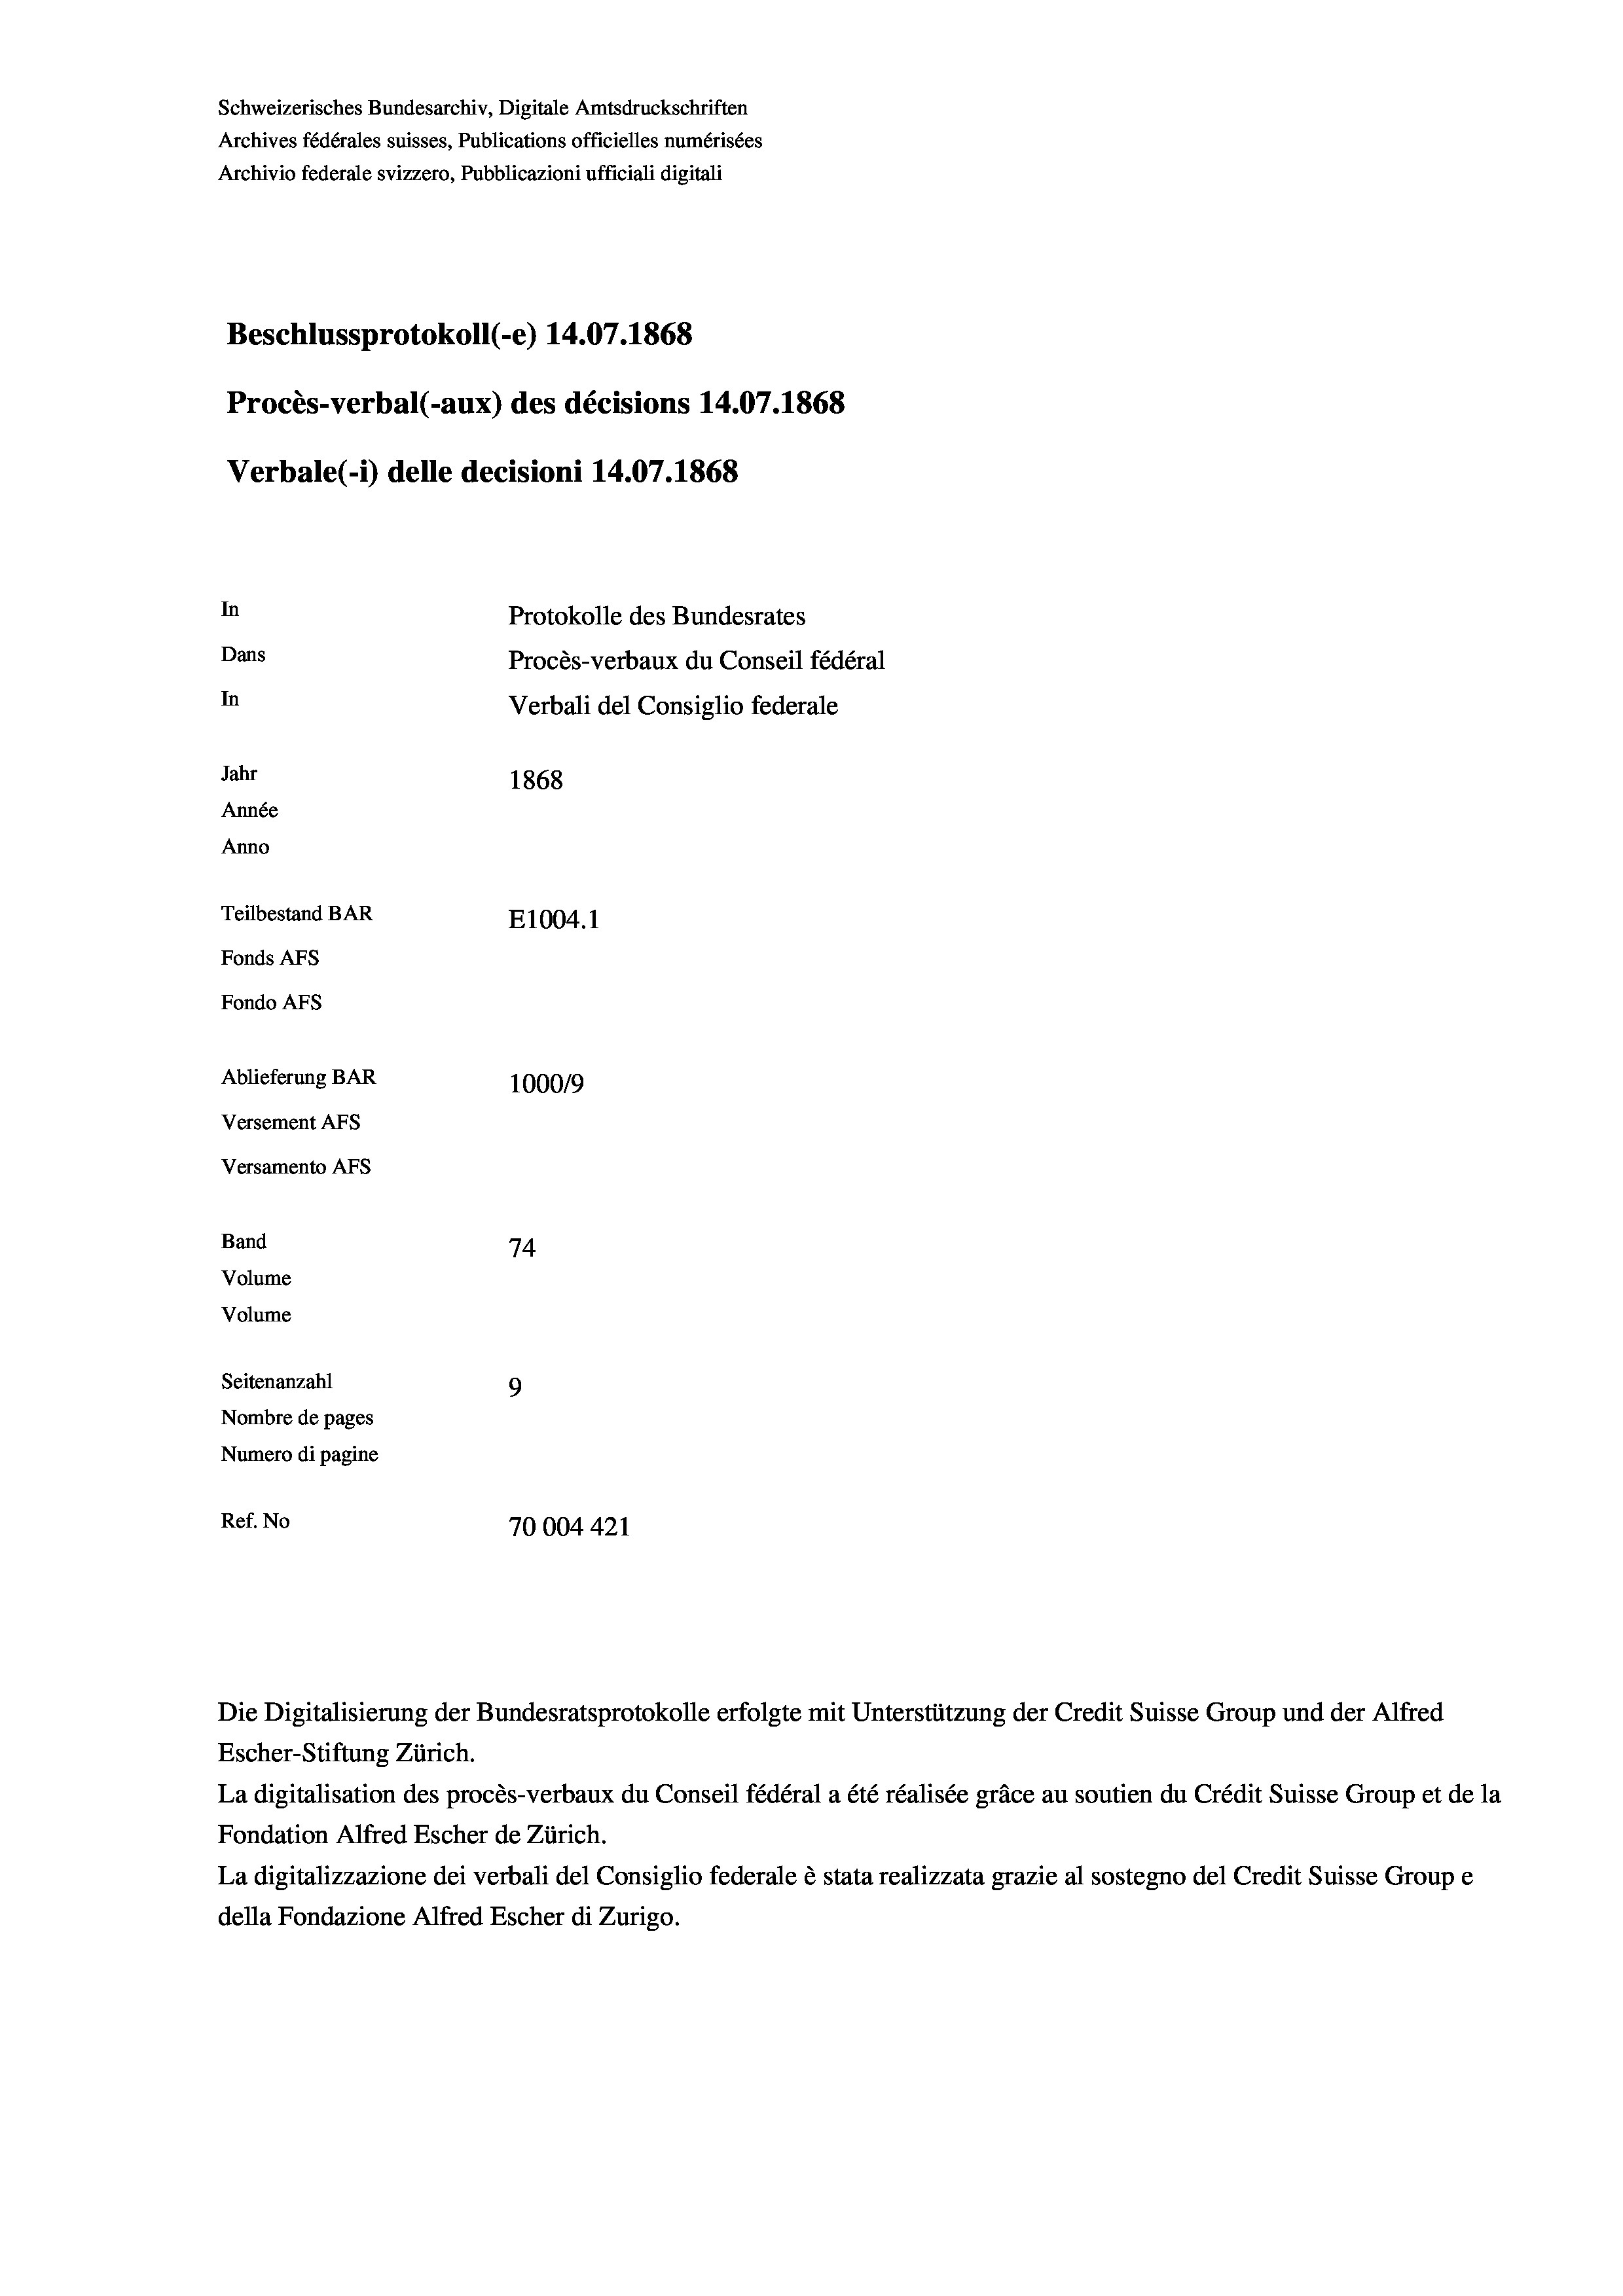
Schweizerisches Bundesarchiv, Digitale Amtsdruckschriften
Archives fédérales suisses, Publications officielles numérisées
Archivio federale svizzero, Pubblicazioni ufficiali digitali
Beschlussprotokoll (-e) 14.07. 1868
Procès-verbal (-aux) des décisions 14.07.1868
Verbale (i) delle decisioni 14.07. 1868
In
Protokolle des Bundesrates
Dans
Procès-verbaux du Conseil fédéral
In
Verbali del Consiglio federale
Jahr
1868
Année
Anno
Teilbestand BAR
E1004. 1
Fonds Afs
Fondo AFs
Ablieferung BAR
1000/9
Versement Abs
Versamento Afs
Band
74
Volume
Volume

Seitenanzahl
9
Nombre de pages
Numero di pagine
Ref. No
70004421

Escher-Stiftung Zürich.
La digitalisation des procès-verbaux du Conseil fédéral a été réalisée gräce au soutien du Crédit Suisse Group et de la
Fondation Alfred Escher de Zürich.
La digitalizzazione dei verbali del Consiglio federale è stata realizzata grazie al sostegno del Credit Suisse Groupe
della Fondazione Alfred Escher di Zurigo.

Die Digitalisierung der Bundesratsprotokolle erfolgte mit Unterstützung der Credit Suisse Group und der Alfred